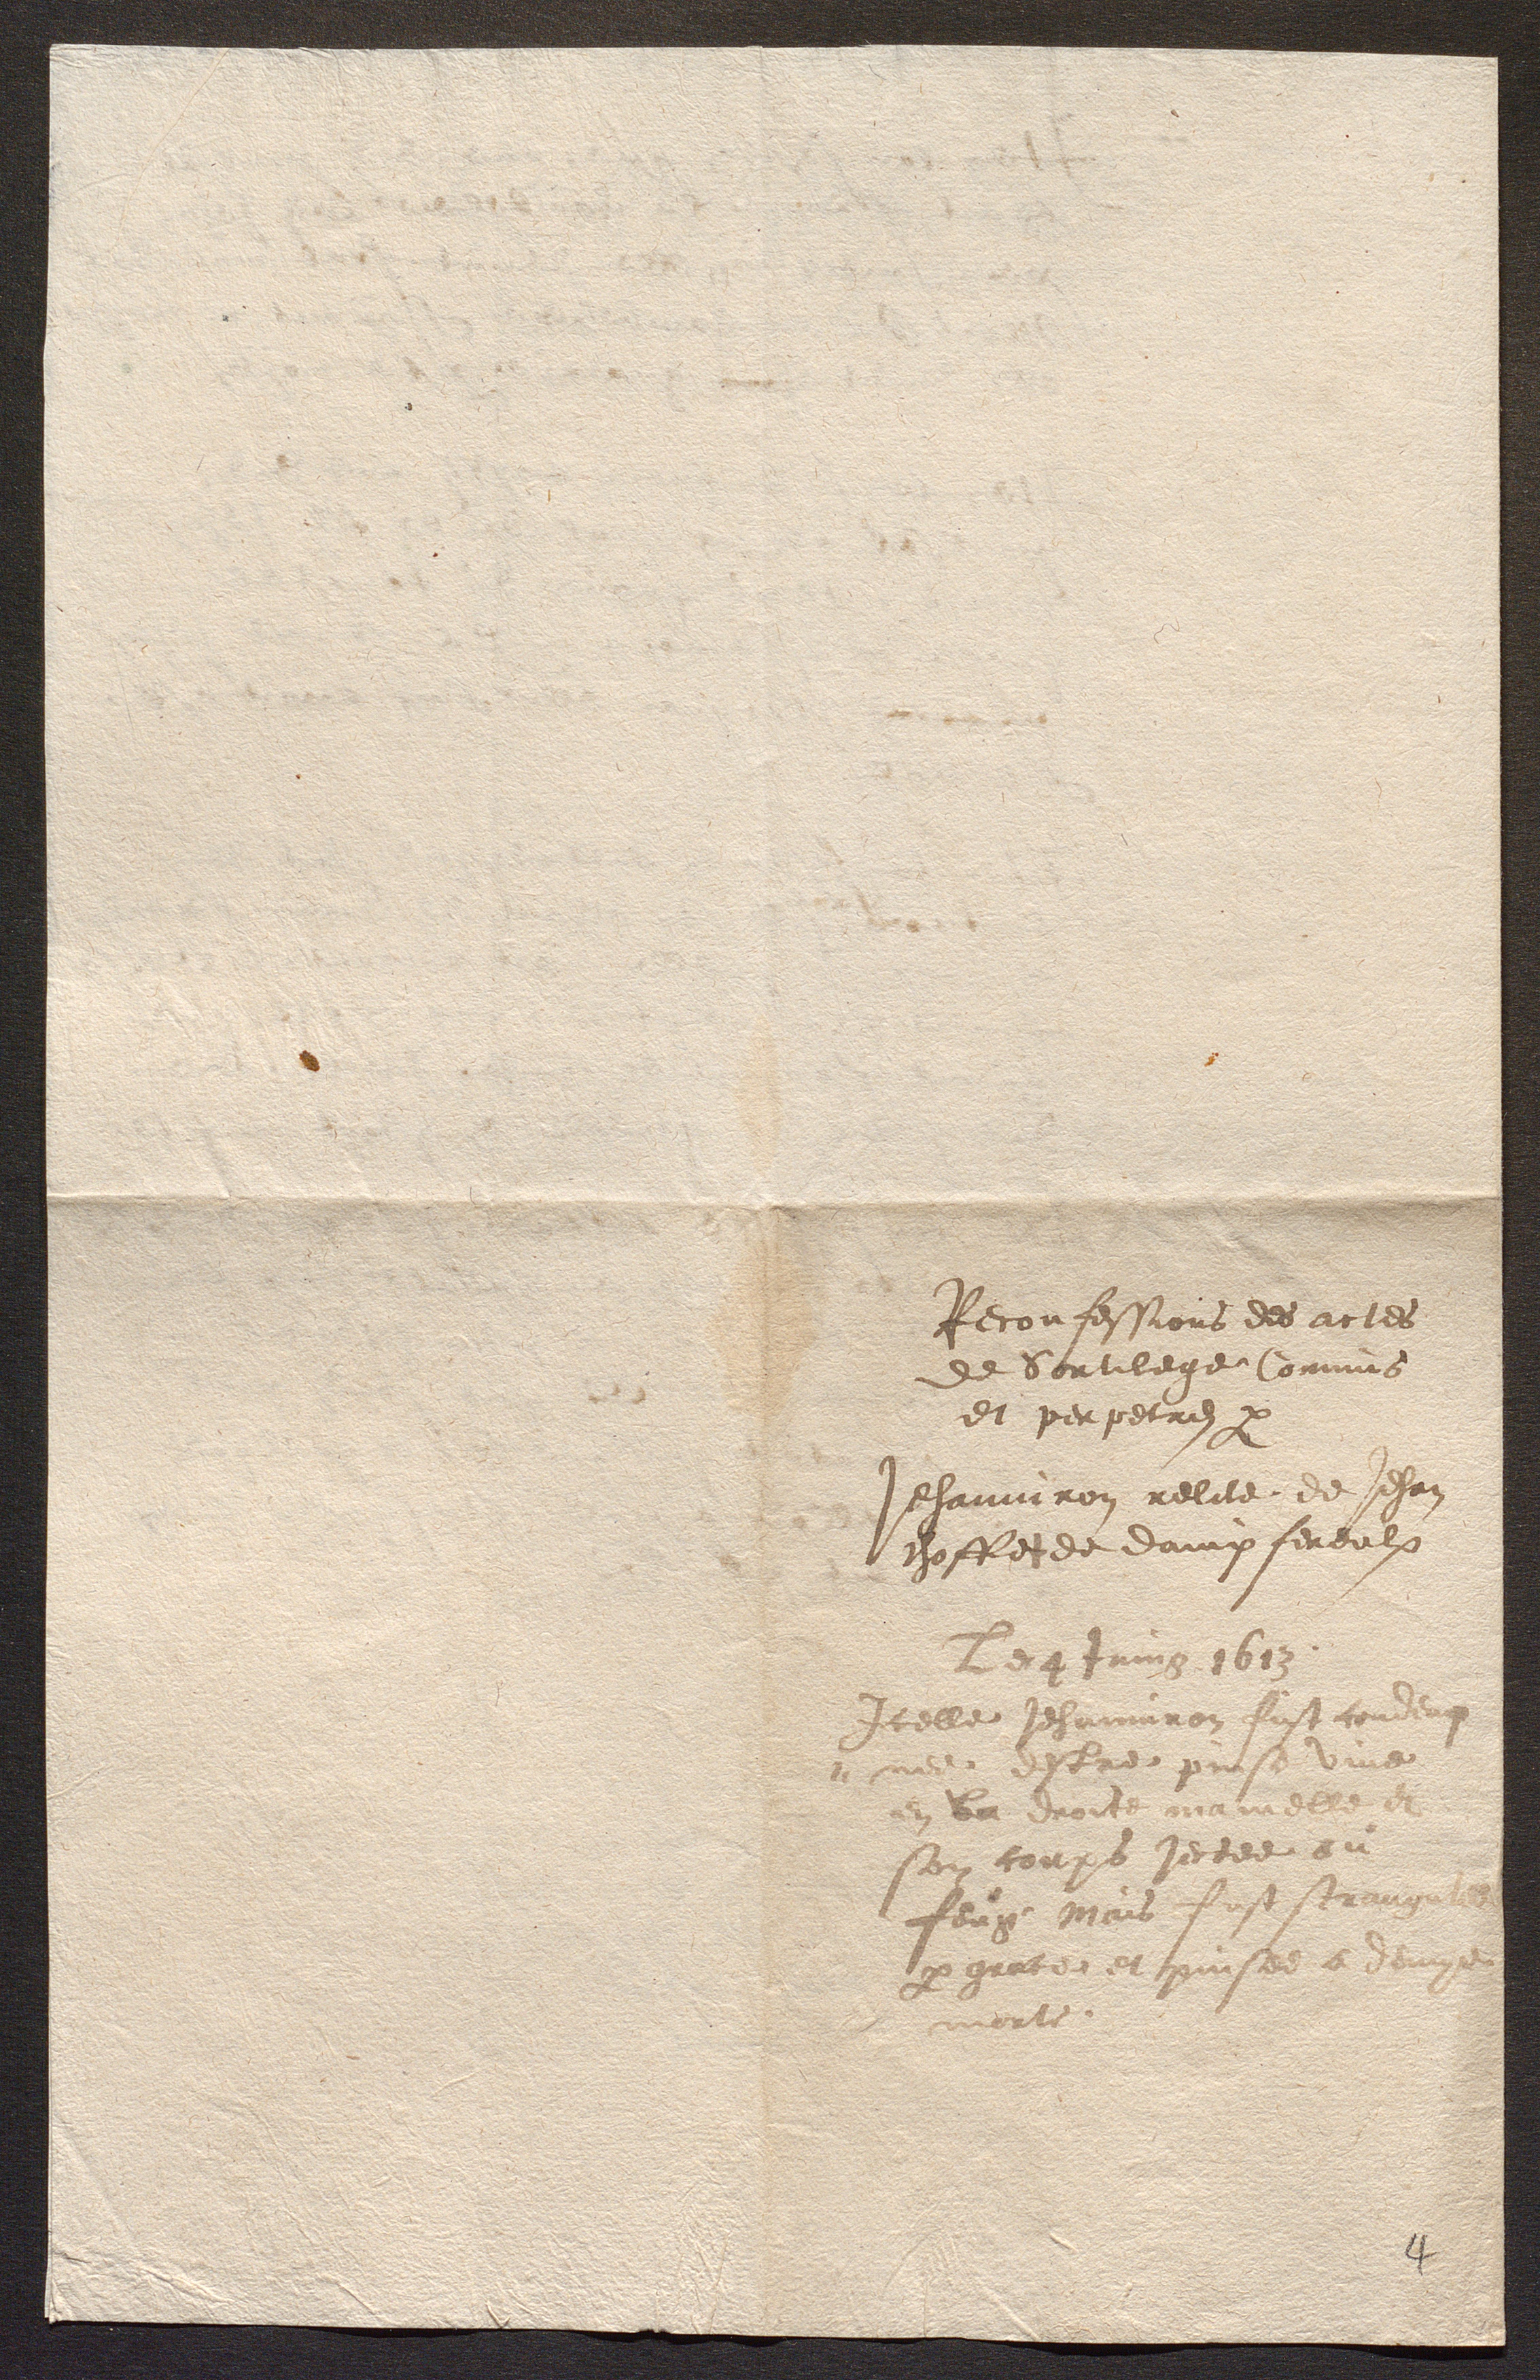
Reconfessions des actes
de Sortilege Commis
et perpetres par
Jehanniron relite de Jehan
choffet de dampfereulx
Le gtuing 1613
Icelle Jehanniron fust condeug
ele esfre puise vine
en la droite mamelle et
son corps jectee ou
feux Mais fust strang
p garte et prisee a demps
monte